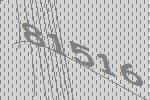
81516